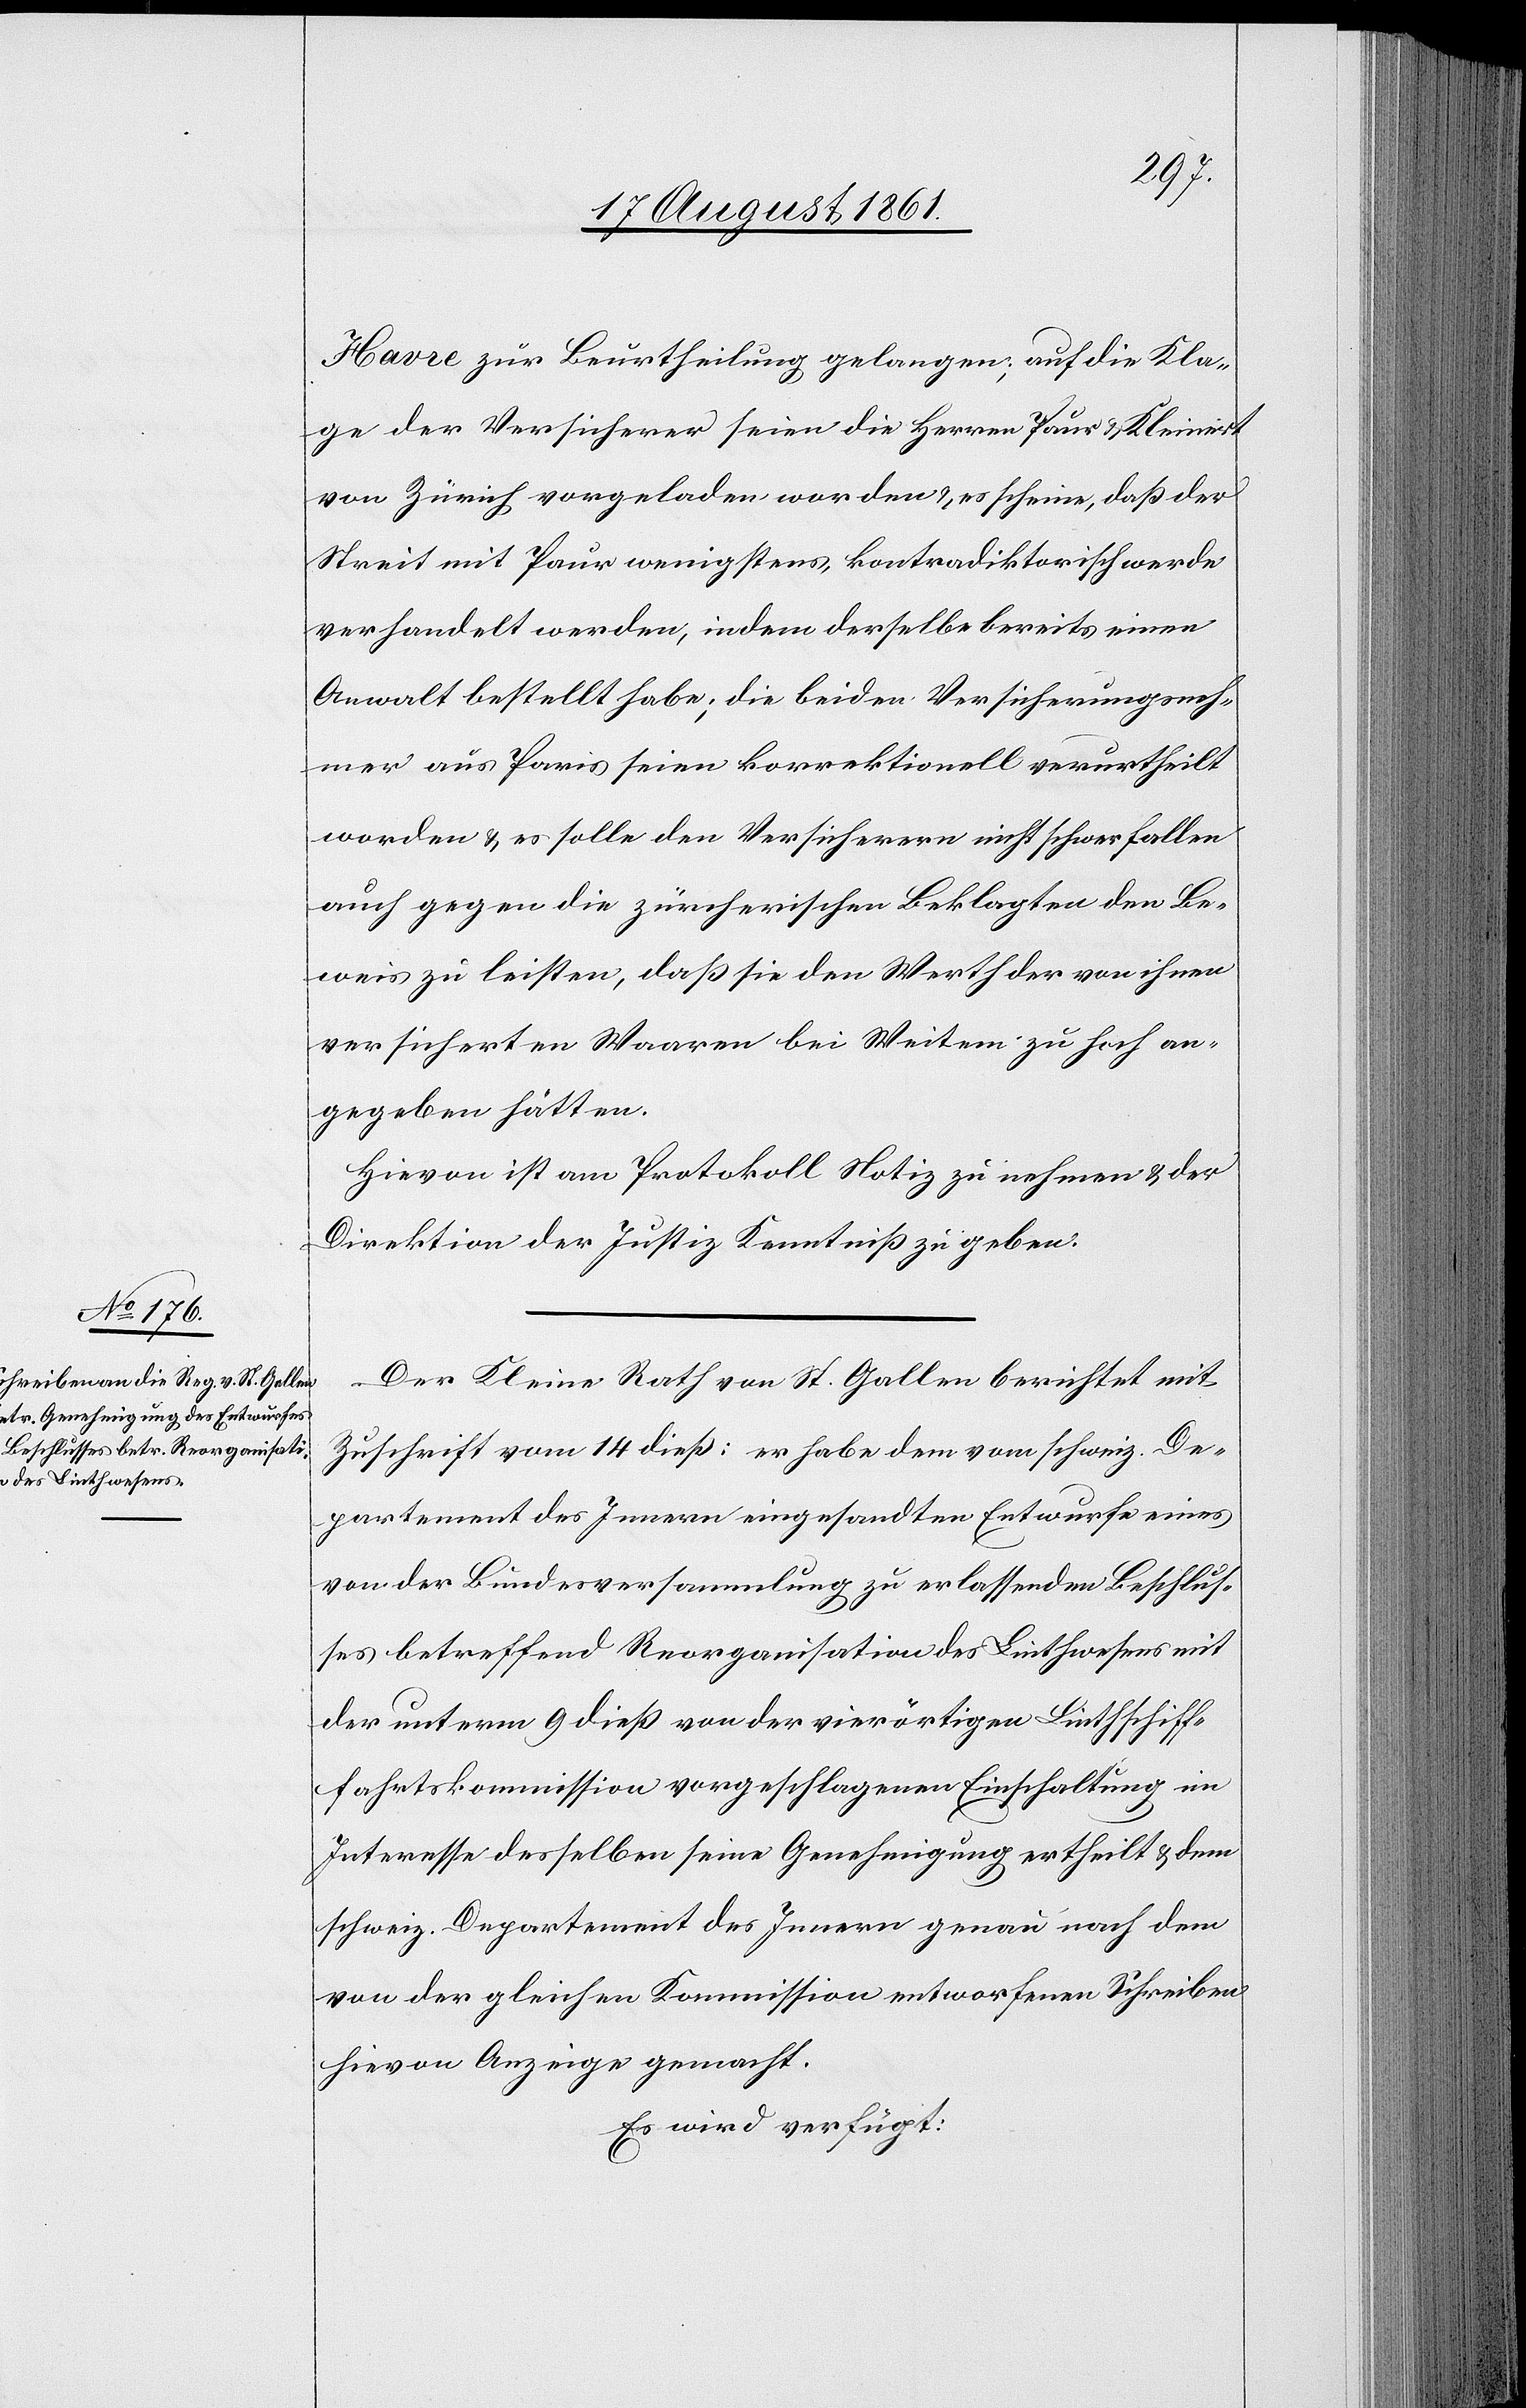
Havre zur Beurtheilung gelangen; auf die Kla¬
ge der Versicherer seien die Herren Paur u. Kleinert
von Zürich vorgeladen worden u. es scheine, daß der
Streit mit Paur wenigstens, kontradiktatorisch werde
verhandelt werden, indem derselbe bereits einen
Anwalt bestellt habe; die beiden Versicherungsneh¬
mer aus Paris seien korrektionell verurtheilt
worden u. es solle den Versicherern nicht schwerfalllen
auch gegen die zürcherischen Beklagten den Be¬
weis zu leisten, daß sie den Werth der von ihnen
versicherten Waaren bei Weitem zu hoch an¬
gegeben hätten.
Hievon ist am Protokoll Notiz zu nehmen u. der
Direktion der Justiz Kenntniß zu geben.
Der Kleine Rath von St. Gallen berichtet mit
Zuschrift vom 14 dieß: er habe vom schweiz. De¬
partement des Innern eingesandten Entwurfe eines
von der Bundesversammlung zu erlassenden Beschlus¬
ses betreffend Reorganisation des Linthwesens mit
der unterm 9 dieß von der vierörtigen Linthschiff¬
fahrtskommission vorgeschlagenen Einhaltung im
Interesse desselben seine Genehmigung ertheilt u. dem
schweiz. Departement des Innern genau nach dem
von der gleichen Kommission entworfenen Schreiben
hievon Anzeige gemacht.
Es wird verfügt: